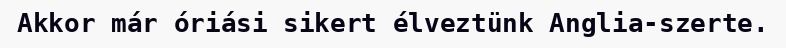
Akkor már óriási sikert élveztünk Anglia-szerte.